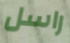
راسل